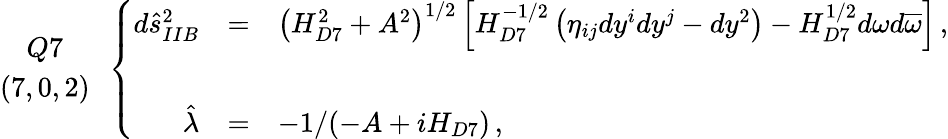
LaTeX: \begin{array}{c}{{Q7}}\\ {{(7,0,2)}}\end{array}\, \, \, \left\{ \begin{array}{rcl}{{d\hat{s}_{IIB}^{2}}}&{{=}}&{{\left(H_{D7}^{2}+A^{2}\right)^{1/2}\left[H_{D7}^{-1/2}\left(\eta_{ij}dy^{i}dy^{j}-dy^{2}\right)-H_{D7}^{1/2}d\omega d\overline{{{\omega}}}\right]\, ,}}\\ {{}}&{{}}&{{}}\\ {{\hat{\lambda}}}&{{=}}&{{-1/(-A+iH_{D7})\, ,}}\end{array}\right.